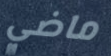
ماضي